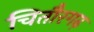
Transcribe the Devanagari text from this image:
चितौरगढ़